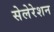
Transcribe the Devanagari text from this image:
सेलेरेशन